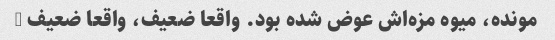
مونده، میوه مزه‌اش عوض شده بود. واقعا ضعیف، واقعا ضعیف …